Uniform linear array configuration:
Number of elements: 32
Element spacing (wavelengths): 1
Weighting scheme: kaiser
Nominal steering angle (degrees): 45
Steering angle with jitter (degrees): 44.937
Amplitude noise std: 0.05
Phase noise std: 0.05

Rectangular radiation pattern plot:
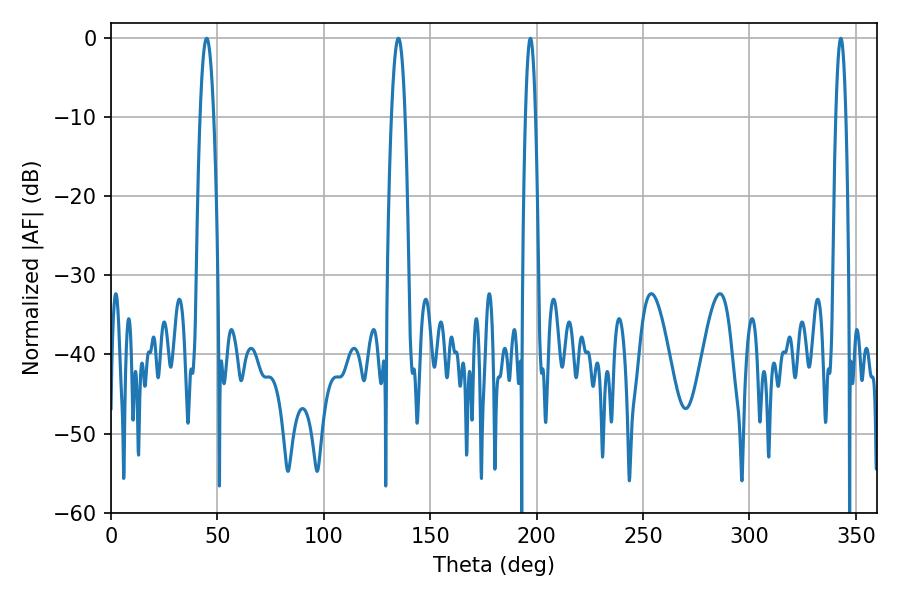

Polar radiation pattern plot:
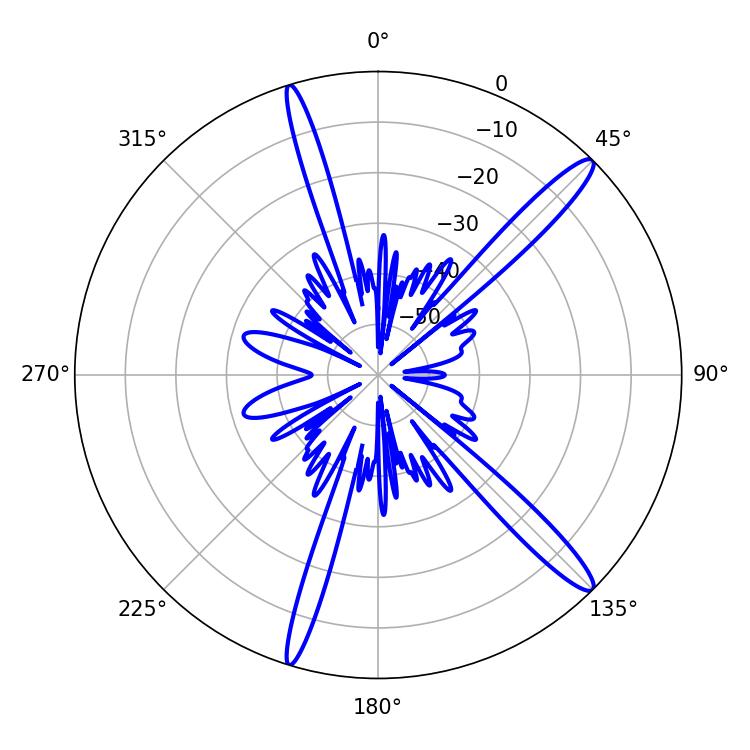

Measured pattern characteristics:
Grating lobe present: TRUE
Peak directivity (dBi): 14.851
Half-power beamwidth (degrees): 2.52
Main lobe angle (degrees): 342.9